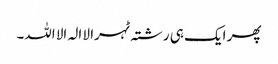
پھر ایک ہی رشتہ ٹہرا لا الہ الا اللہ۔